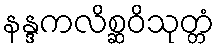
နန္ဒကလိစ္ဆဝိသုတ္တံ